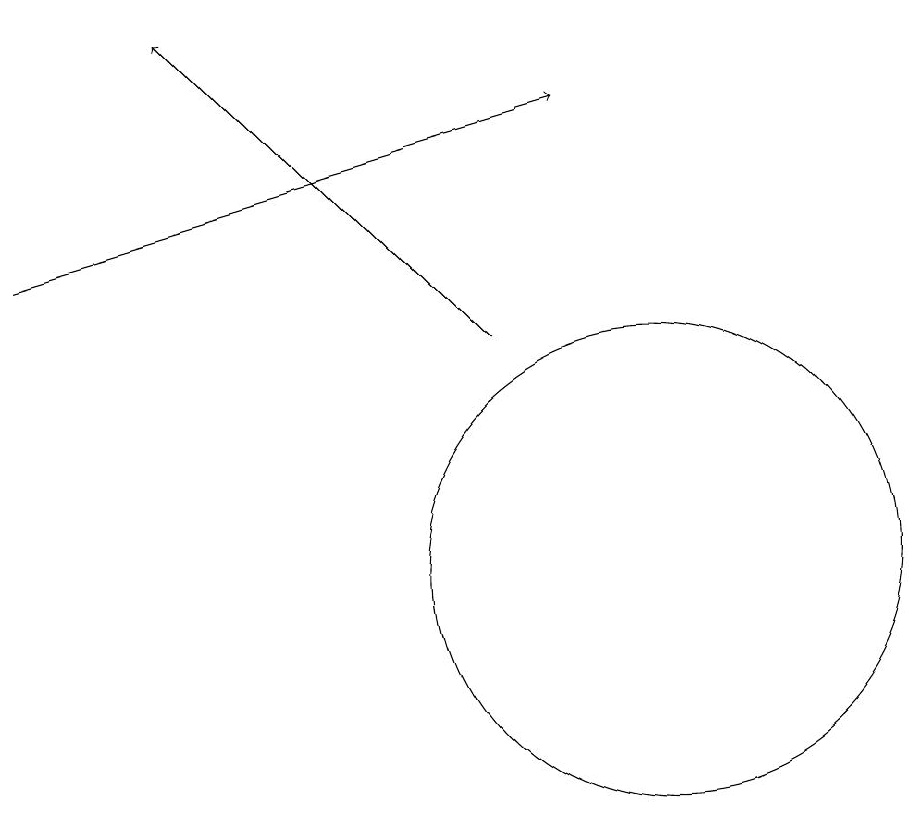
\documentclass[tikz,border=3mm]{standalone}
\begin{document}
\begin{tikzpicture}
\draw[->] (8,15) -- (4,19);
\draw[->] (2,16) -- (9,18);
\draw (10,12) circle (3);
\draw (10,11) circle (0);
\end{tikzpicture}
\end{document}